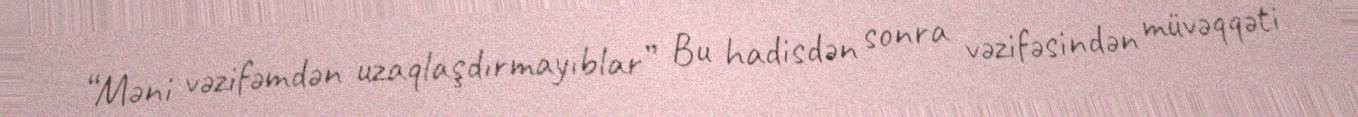
“Məni vəzifəmdən uzaqlaşdırmayıblar” Bu hadisdən sonra vəzifəsindən müvəqqəti